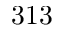
3 1 3